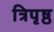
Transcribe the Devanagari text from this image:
त्रिपृष्ठ